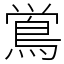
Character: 鴬